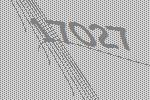
17027